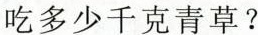
吃多少千克青草?